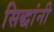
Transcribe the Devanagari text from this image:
सिद्धांनी